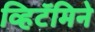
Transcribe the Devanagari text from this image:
व्हिटॅमिने